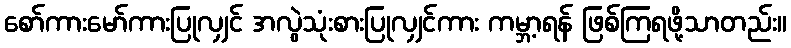
စော်ကားမော်ကားပြုလျှင် အလွဲသုံးစားပြုလျှင်ကား ကမ္ဘာ့ရန် ဖြစ်ကြရဖို့သာတည်း။